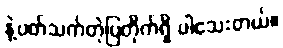
နဲ့ပတ်သက်တဲ့ပြတိုက်ရှိ ပါသေးတယ်။